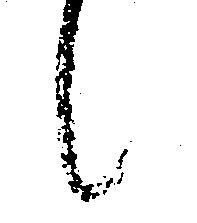
候